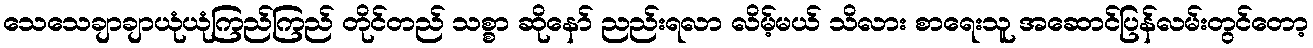
သေသေချာချာယုံယုံကြည်ကြည် တိုင်တည် သစ္စာ ဆိုနော် ညည်းရလာ လိမ့်မယ် သိလား စာရေးသူ အဆောင်ပြန်လမ်းတွင်တော့